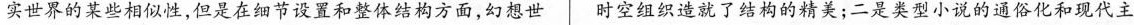
实世界的某些相似性，但是在细节设置和整体结构方面，幻想世 时空组织造就了结构的精美:二是类型小说的通俗化和现代主